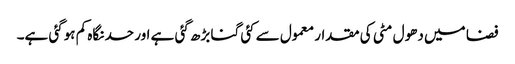
فضا میں دھول مٹی کی مقدار معمول سے کئی گنا بڑھ گئی ہے اور حد نگاہ کم ہوگئی ہے۔